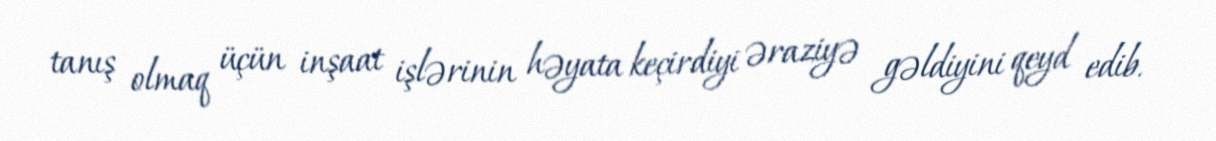
tanış olmaq üçün inşaat işlərinin həyata keçirdiyi əraziyə gəldiyini qeyd edib.